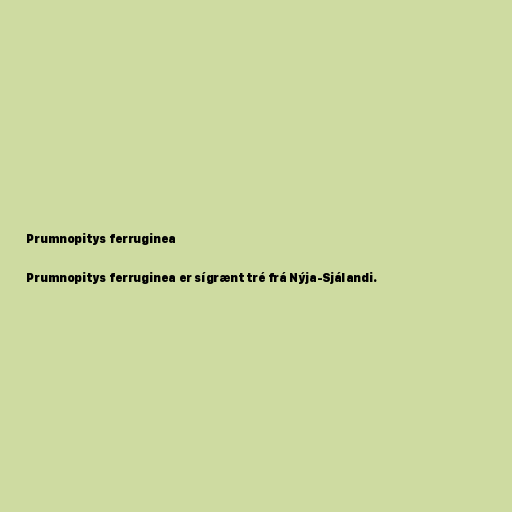
Prumnopitys ferruginea

Prumnopitys ferruginea er sígrænt tré frá Nýja-Sjálandi.